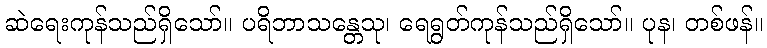
ဆဲရေးကုန်သည်ရှိသော်။ ပရိဘာသန္တေသု၊ ရေရွတ်ကုန်သည်ရှိသော်။ ပုန၊ တစ်ဖန်။